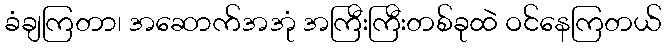
ခံချကြတာ၊ အဆောက်အအုံ အကြီးကြီးတစ်ခုထဲ ဝင်နေကြတယ်